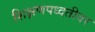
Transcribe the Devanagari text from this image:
शिक्षणपध्दतीवर